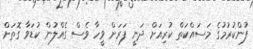
ފުންކުރުމުގެ މަސައްކަތް ކުރިއަށް ދަނީ ފަރަށް ވީހާ ވެސް ގެއްލުން ކުޑަވާ ގޮތަށް